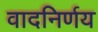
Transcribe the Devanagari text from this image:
वादनिर्णय